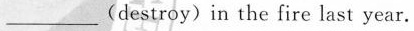
_(destroy)in the fire last year.